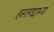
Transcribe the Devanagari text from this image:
हस्तपद्माभ्यां